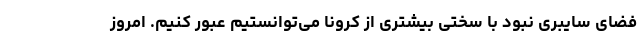
فضای سایبری نبود با سختی بیشتری از کرونا می‌توانستیم عبور کنیم. امروز